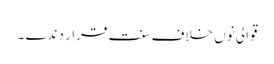
قوالی نوں خلاف سنت قرار دندے ۔